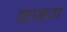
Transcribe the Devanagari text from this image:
काष्ठजा